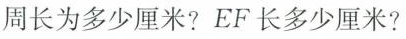
周长为多少厘米?EF长多少厘米?